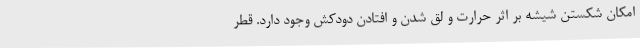
امکان شکستن شیشه بر اثر حرارت و لق شدن و افتادن دودکش وجود دارد. قطر